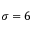
\sigma = 6